DOW-UAP-D48, Department of the Air Force Report, 1996
Agency: Department of War
Incident date: 9/10/96
Page 13
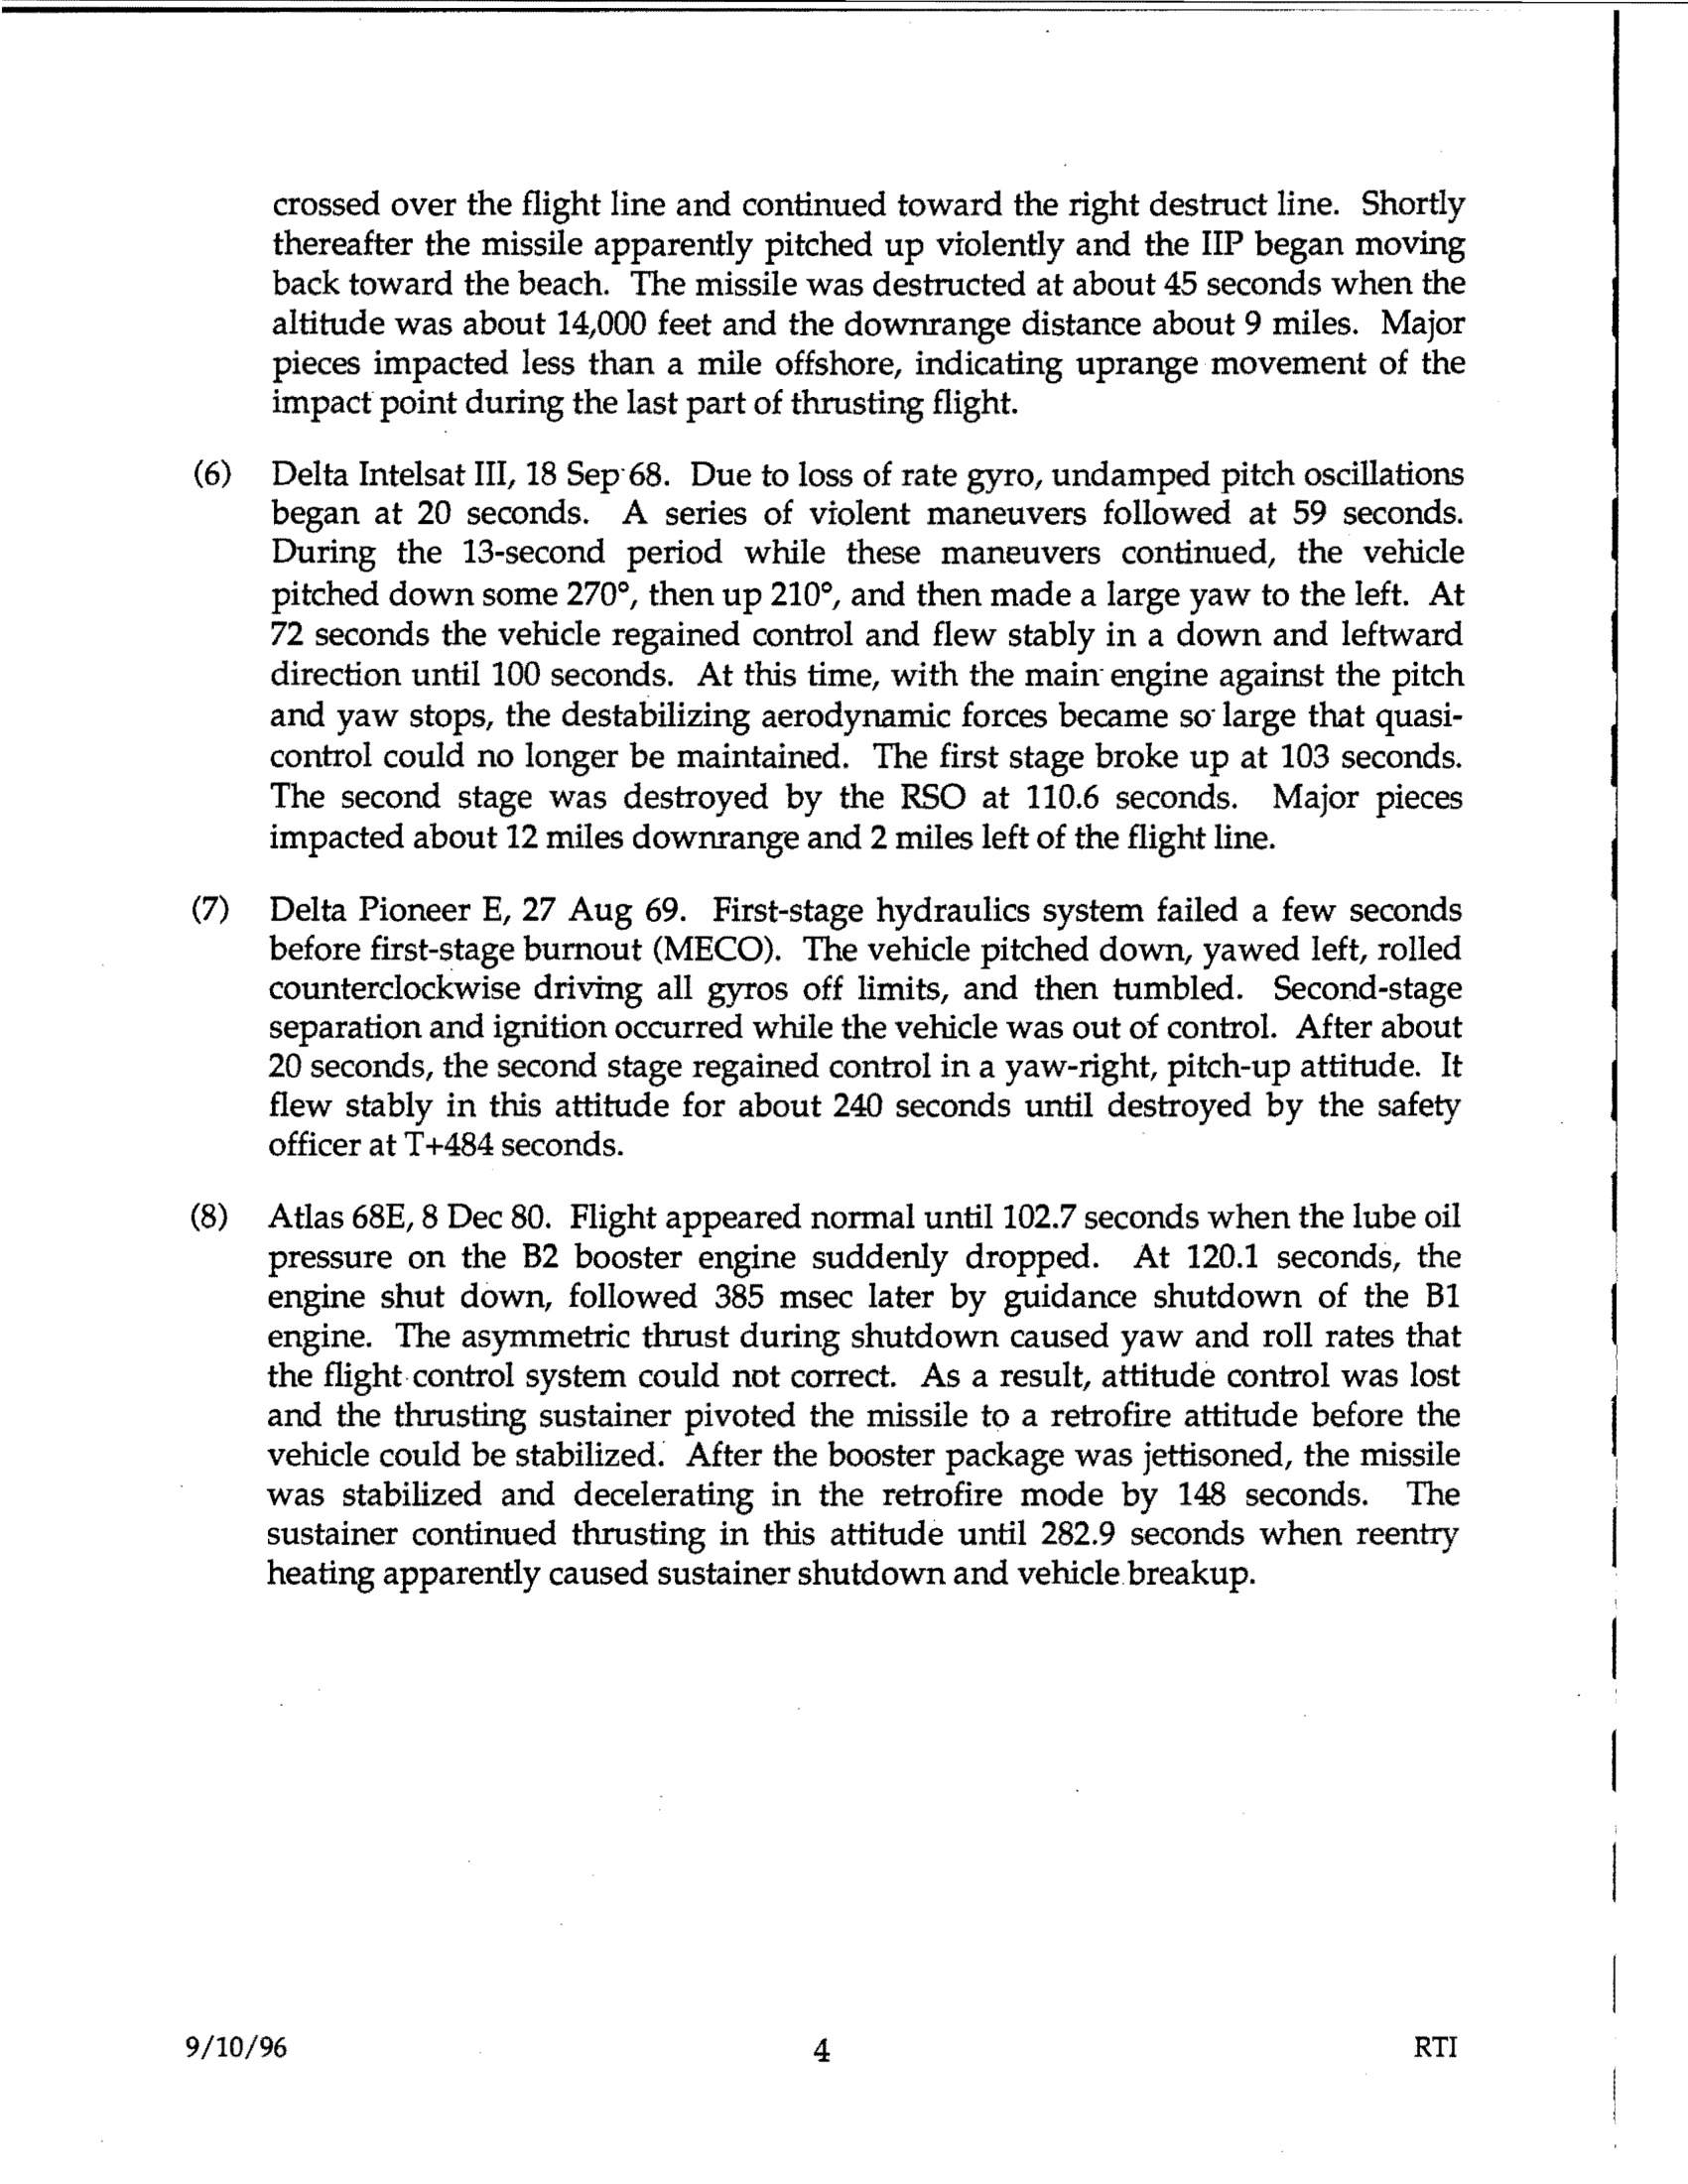